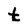
Character: t